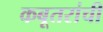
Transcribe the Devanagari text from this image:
कबूतरांची